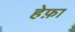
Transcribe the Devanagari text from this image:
हेफ़ा